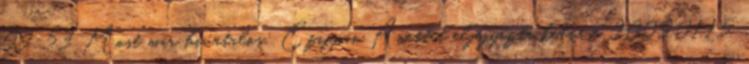
09:53 Most már hivatalos: Czippán Anettet eljegyezte kedvese 2009.01.15.